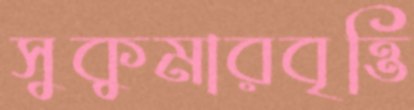
সুকুমারবৃত্তি